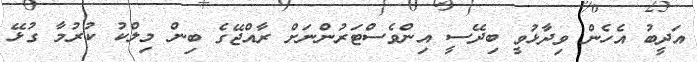
އަދީބު އެހެން ވިދާޅުވީ ބިދޭސީ އިންވެސްޓަރުންނަށް ރާއްޖޭގެ ބިން މިލްކު ކުރުމާ ގުޅޭ